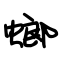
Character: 螂